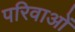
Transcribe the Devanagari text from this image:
परिवाओं